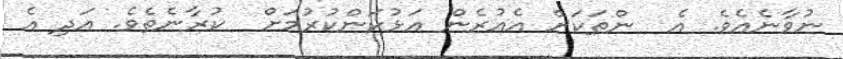
ނުވާނެއެވެ. އެ  ންތަކަށް އެއުރެން އަޅުކަންކުރުމަށް  ކުރާނެތެވެ. އަދި އެ